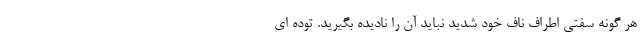
هر گونه سفتی اطراف ناف خود شدید نباید آن را نادیده بگیرید. توده ای